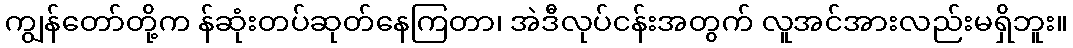
ကျွန်တော်တို့က န်ဆုံးတပ်ဆုတ်နေကြတာ၊ အဲဒီလုပ်ငန်းအတွက် လူအင်အားလည်းမရှိဘူး။